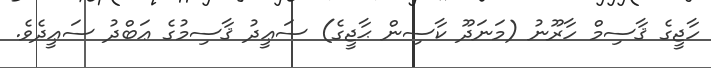
ހާޖީގެ ޤާސިމް ހާރޫނު (މަނަދޫ ކާސިން ޙާޖީގެ) ސަޢީދު ޤާސިމުގެ ޢަބްދު ސަޢީދެވެ.